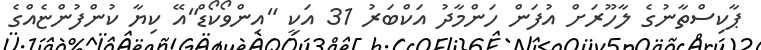
ޕާކިސްތާނުގެ ލާހޫރަށް އުފަން ހަންމާދު އަކްބަރު 31 އަކީ "އިންވޯކޯޑް"އޭ ކިޔާ ކުންފުންޏެއްގެ